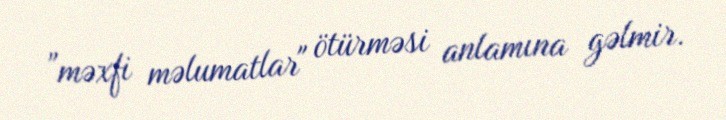
”məxfi məlumatlar" ötürməsi anlamına gəlmir.